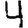
Digit: 4